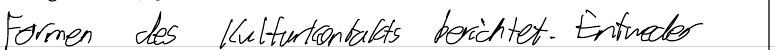
Formen des Kulturkontakts berichtet. Entweder